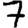
Digit: 7